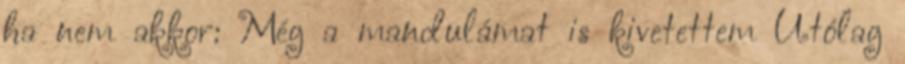
ha nem akkor: Még a mandulámat is kivetettem Utólag